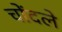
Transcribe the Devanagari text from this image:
चोंदले